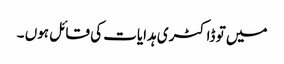
میں تو ڈاکٹری ہدایات کی قائل ہوں ۔